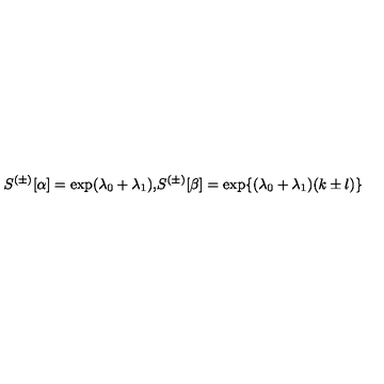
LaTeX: S ^ { ( \pm ) } [ \alpha ] = \exp ( \lambda _ { 0 } + \lambda _ { 1 } ) \mathrm { , } S ^ { ( \pm ) } [ \beta ] = \exp \{ ( \lambda _ { 0 } + \lambda _ { 1 } ) ( k \pm l ) \}